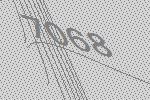
7068